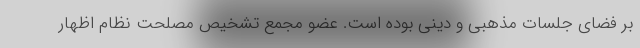
بر فضای جلسات مذهبی و دینی بوده است. عضو مجمع تشخیص مصلحت نظام اظهار